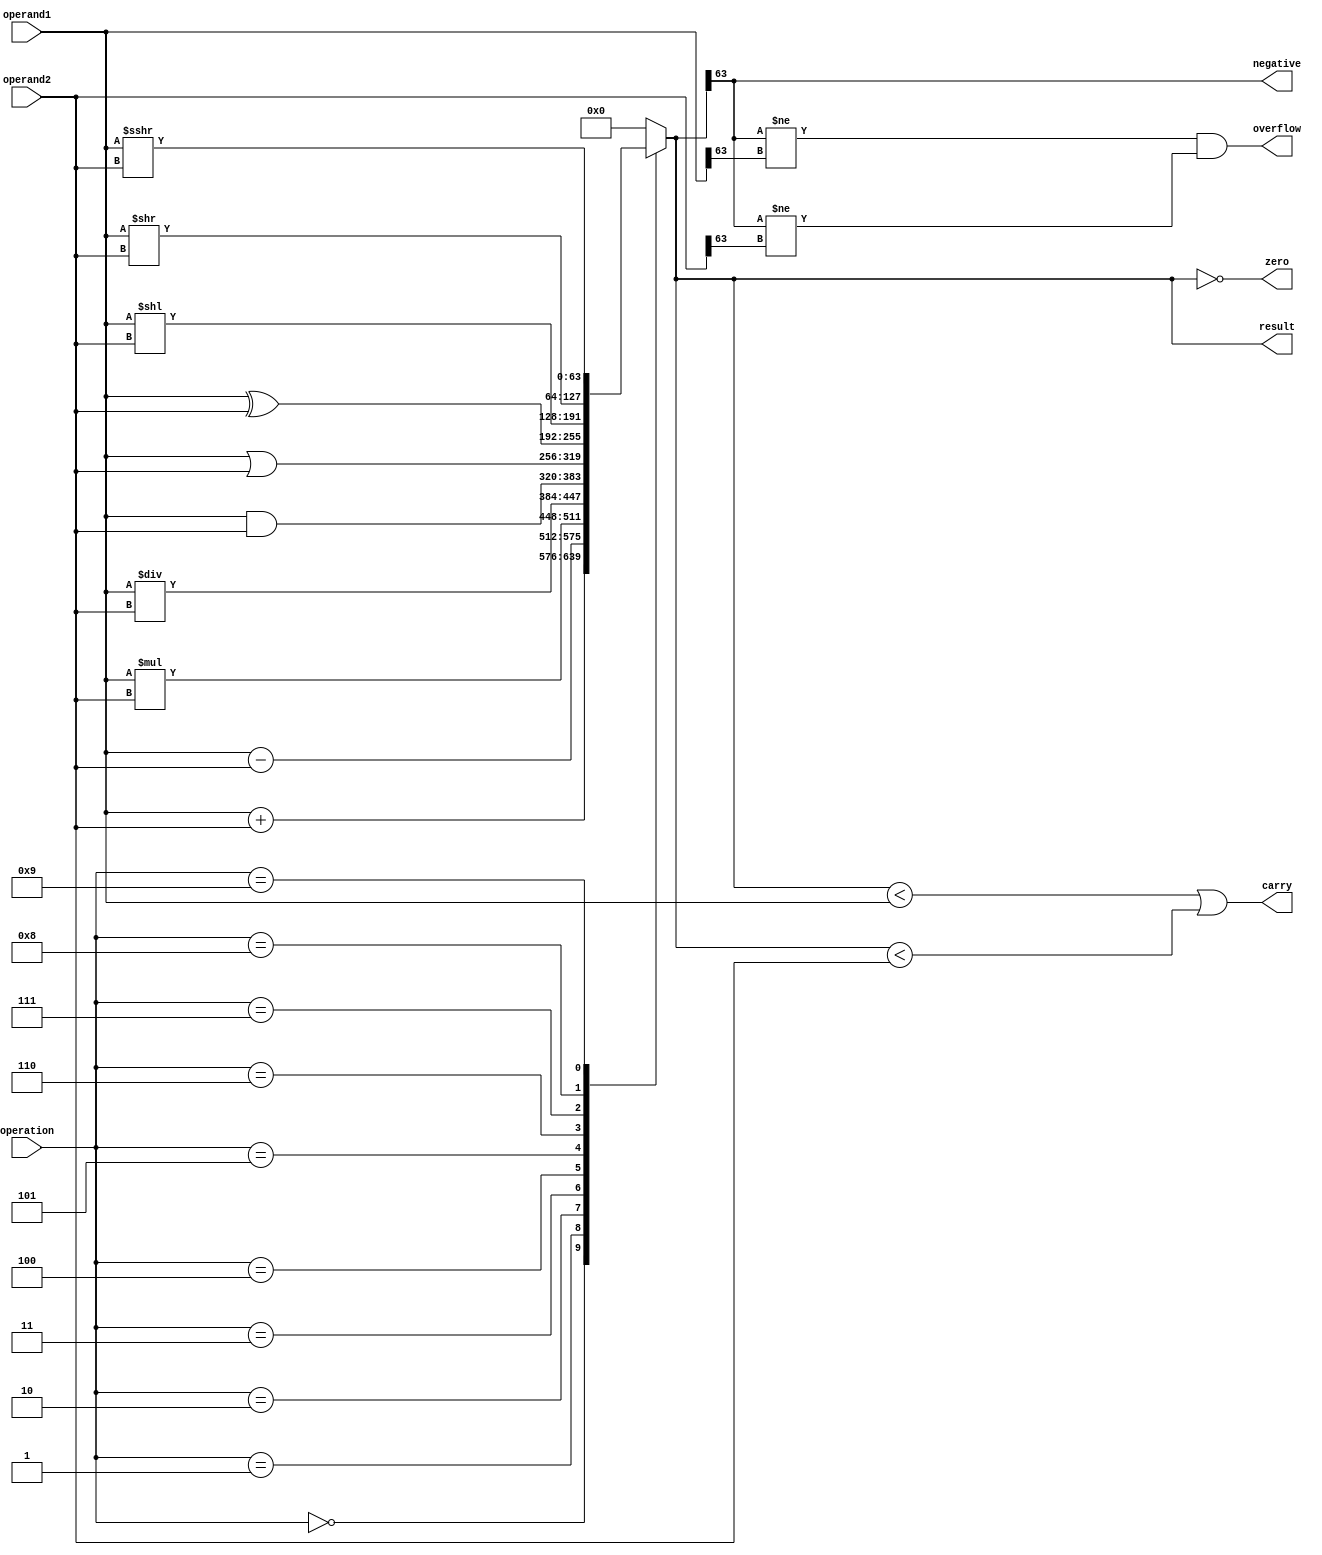
module ALU(
    input [63:0] operand1,
    input [63:0] operand2,
    input [3:0] operation,
    output reg [63:0] result,
    output reg overflow,
    output reg carry,
    output reg zero,
    output reg negative
);

 always @(*) begin
    case(operation)
        4'b0000: result = operand1 + operand2; // Addition
        4'b0001: result = operand1 - operand2; // Subtraction
        4'b0010: result = operand1 * operand2; // Multiplication
        4'b0011: result = operand1 / operand2; // Division
        4'b0100: result = operand1 & operand2; // Bitwise AND
        4'b0101: result = operand1 | operand2; // Bitwise OR
        4'b0110: result = operand1 ^ operand2; // Bitwise XOR
        4'b0111: result = operand1 << operand2; // Shift left
        4'b1000: result = operand1 >> operand2; // Shift right
        4'b1001: result = operand1 >>> operand2; // Logical shift right
        default: result = 64'b0; // Default case
    endcase
    overflow = (result[63] != operand1[63] && result[63] != operand2[63]);
    carry = (result < operand1 || result < operand2);
    zero = (result == 0);
    negative = (result[63] == 1);
end

endmodule